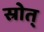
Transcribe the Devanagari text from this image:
स्रोत्